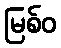
မြစ်ဝ